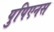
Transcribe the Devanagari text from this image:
पुपिएनस